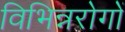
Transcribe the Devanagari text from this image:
विभिन्नरोगों